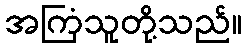
အကြံသူတို့သည်။